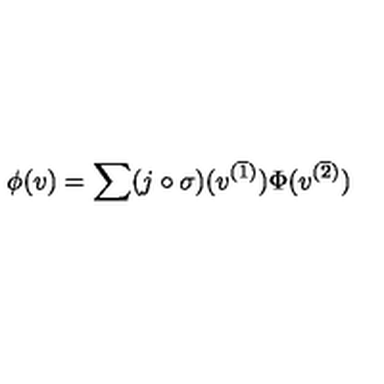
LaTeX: \phi ( v ) = \sum ( j \circ \sigma ) ( v ^ { ( \overline { 1 } ) } ) \Phi ( v ^ { ( \overline { 2 } ) } )